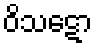
ဝိသဋော